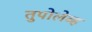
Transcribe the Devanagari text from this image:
तुपोलेव्ह